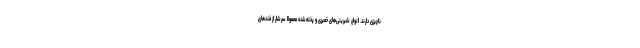
ناچیزی دارند. انواع شیرینی‌های خمیری و پخته‌شده معمولا سرشار از قندهای